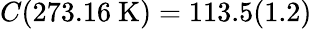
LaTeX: C(273.16~\mathrm{K})=113.5(1.2)